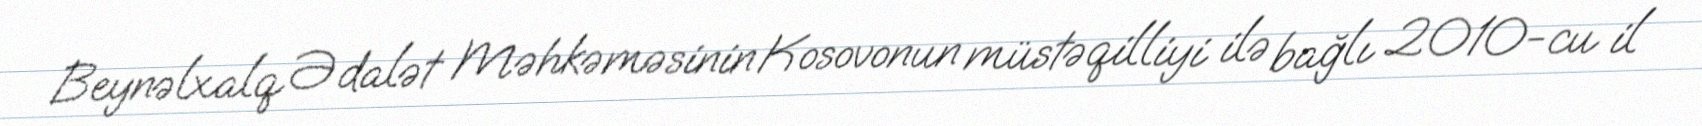
Beynəlxalq Ədalət Məhkəməsinin Kosovonun müstəqilliyi ilə bağlı 2010-cu il